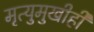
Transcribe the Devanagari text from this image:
मृत्युमुखीही